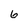
Character: 6